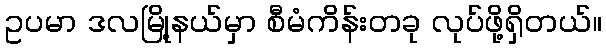
ဥပမာ ဒလမြို့နယ်မှာ စီမံကိန်းတခု လုပ်ဖို့ရှိတယ်။